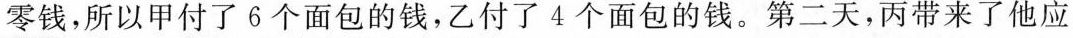
零钱，所以甲付了6个面包的钱，乙付了4个面包的钱。第二天，丙带来了他应